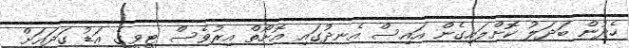
ހެދުން ބަދަލު ކޮށްލައިގެން އައިސް އެނދުގައި އޮށޯތް އިރުވެސް ޓީވީގެ އަޑު ގަދައަށް